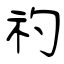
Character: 礿